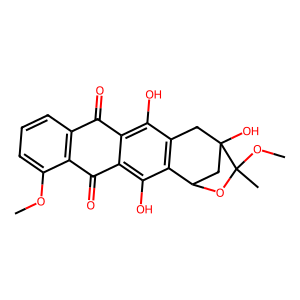
SMILES: COc1cccc2c1C(=O)c1c(O)c3c(c(O)c1C2=O)CC1(O)CC3OC1(C)OC
Inhibits HIV replication: No